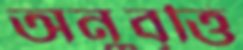
অনুবৃত্তি